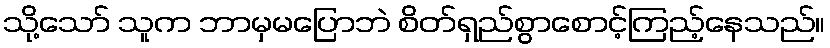
သို့သော် သူက ဘာမှမပြောဘဲ စိတ်ရှည်စွာစောင့်ကြည့်နေသည်။